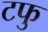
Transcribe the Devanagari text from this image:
टफु